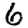
Digit: 6